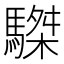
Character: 䮪